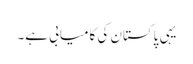
یہی پاکستان کی کامیابی ہے۔